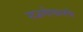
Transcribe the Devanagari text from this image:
राजगोपालचे